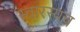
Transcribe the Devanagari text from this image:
स्वारस्यच